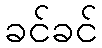
ခင်ခင်